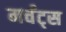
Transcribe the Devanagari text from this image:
मर्चंट्‌स